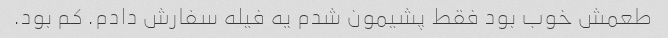
طعمش خوب بود فقط پشیمون شدم یه فیله سفارش دادم. کم بود.